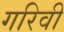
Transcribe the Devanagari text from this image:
गरिवी